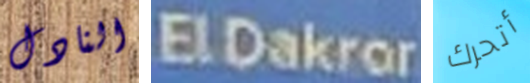
النادل ElDakror أتحرك